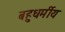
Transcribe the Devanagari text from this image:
बहुधर्मीय